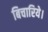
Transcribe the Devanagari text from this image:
बिचारिये।